65_HS1-834228961_62-HQ-83894_Section_10
Agency: FBI
Page 42
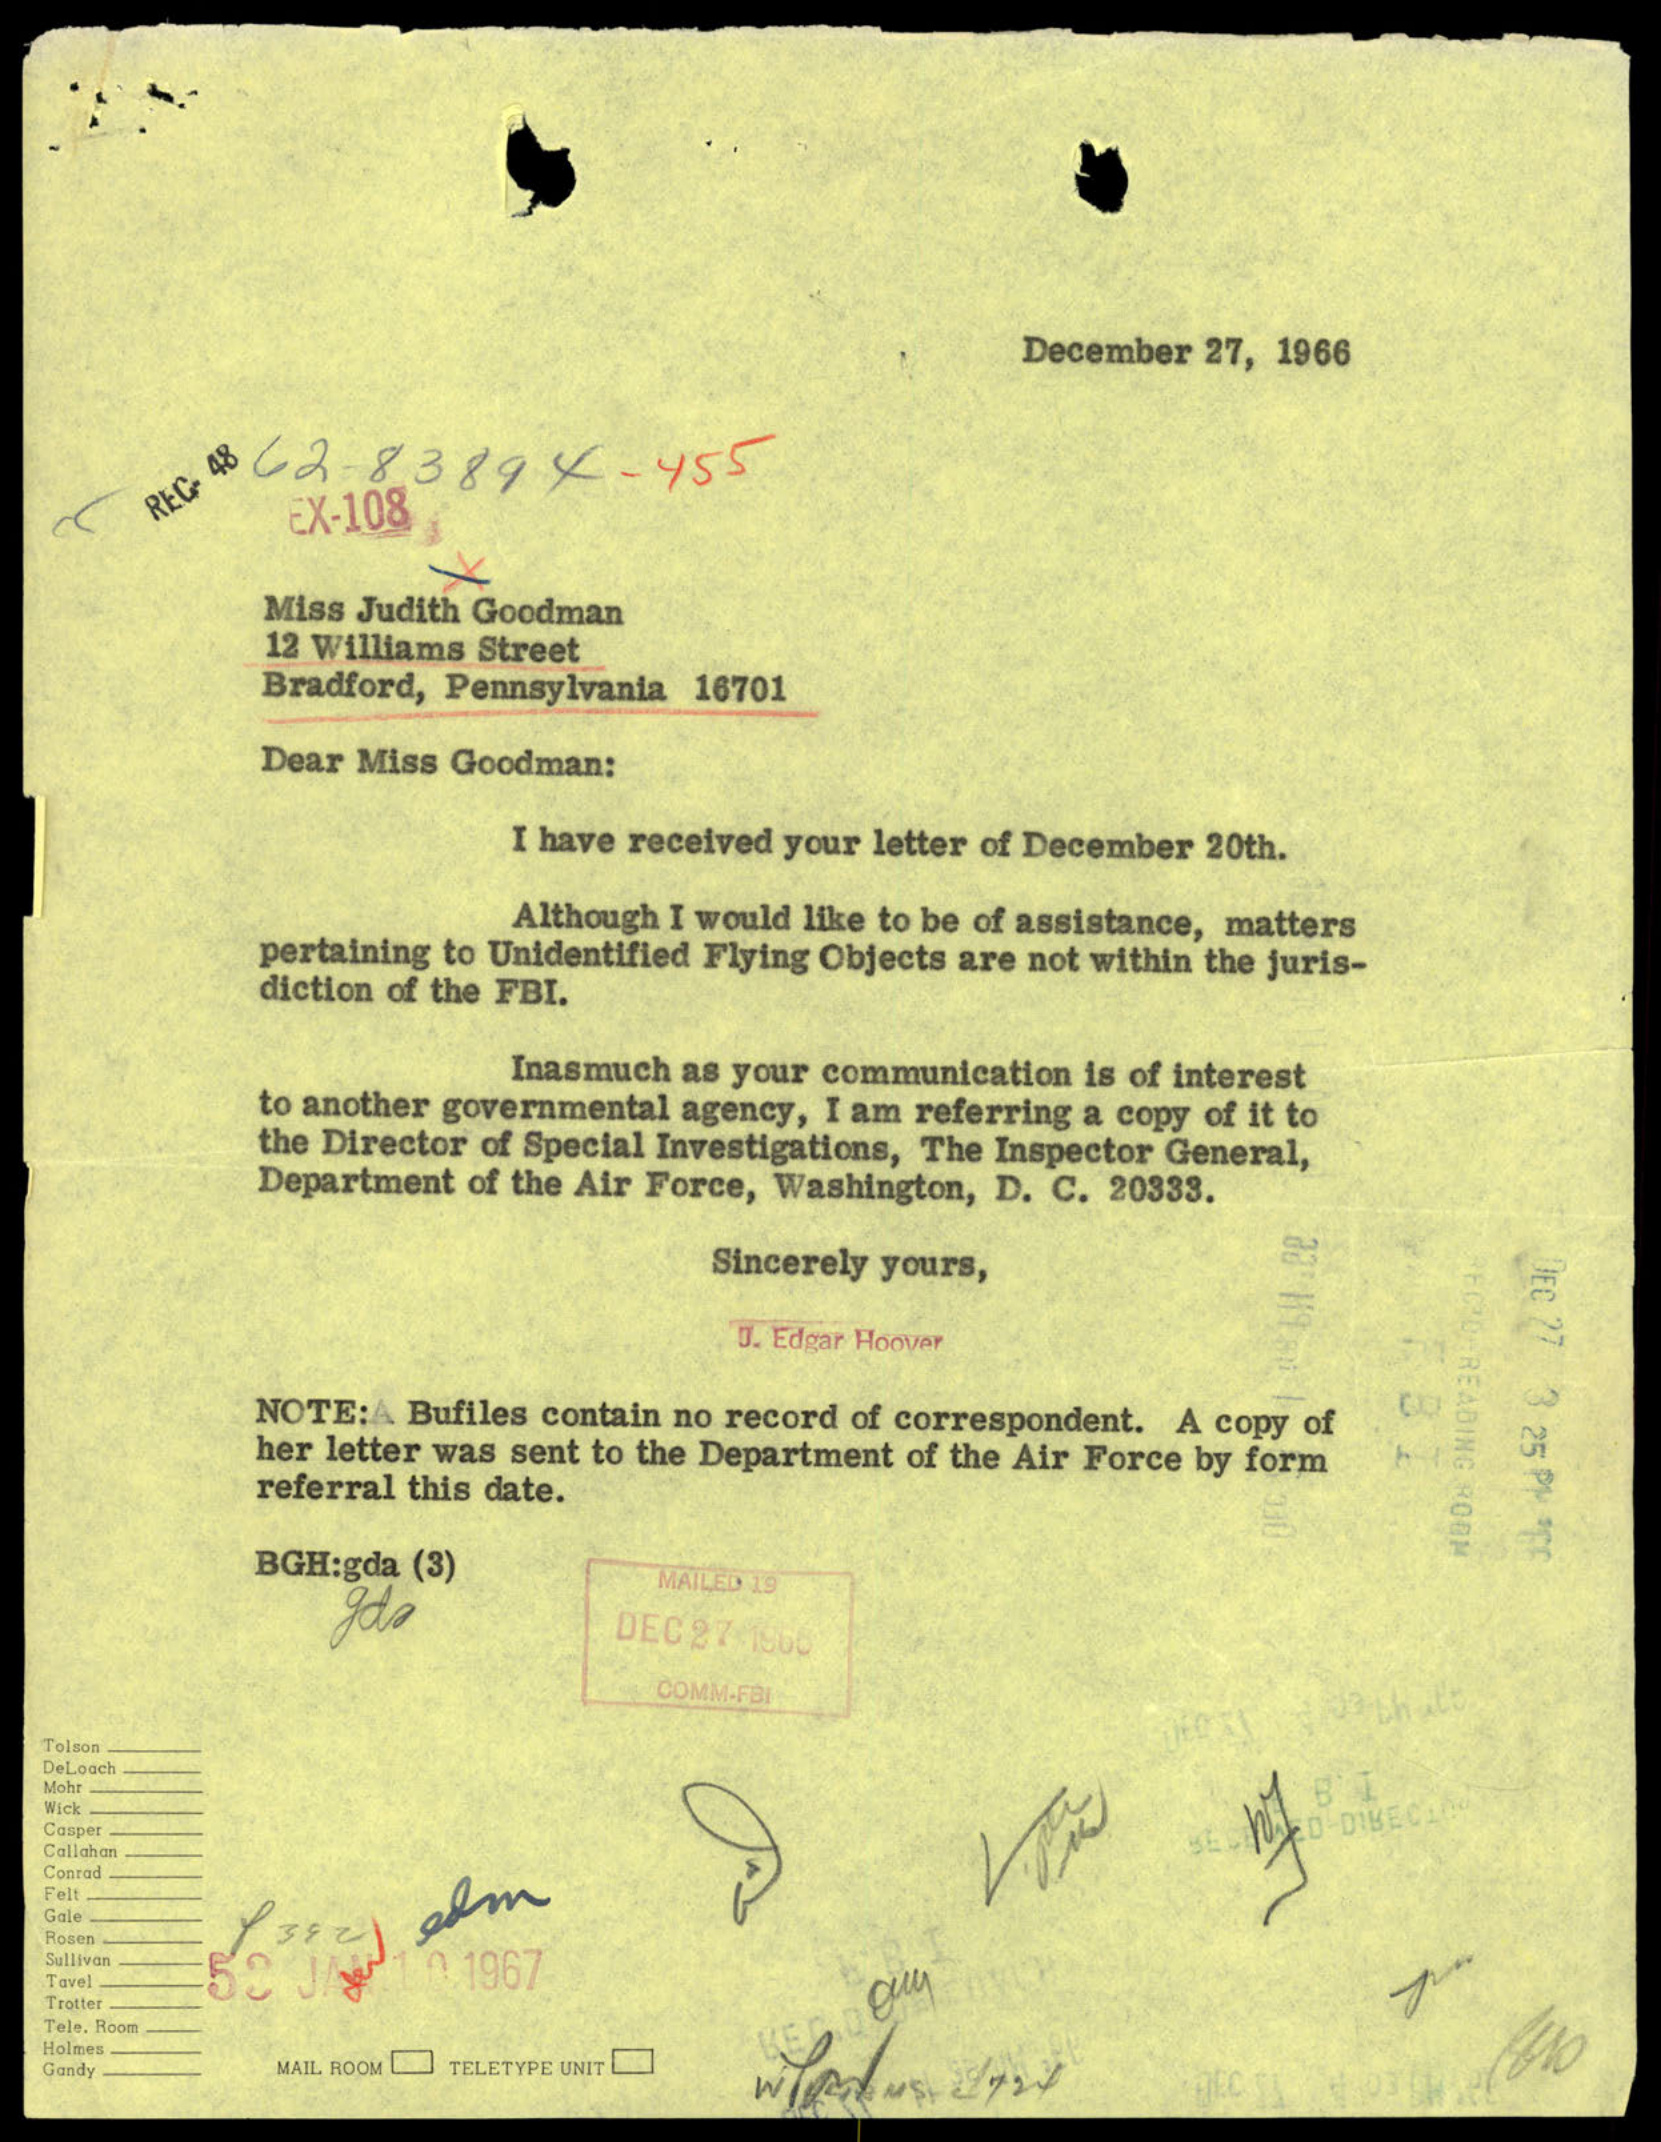